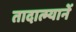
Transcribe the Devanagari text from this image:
तादात्म्यानें